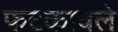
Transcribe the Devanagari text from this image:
फटकावले